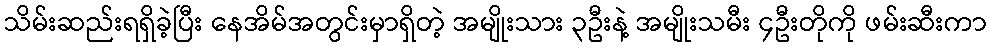
သိမ်းဆည်းရရှိခဲ့ပြီး နေအိမ်အတွင်းမှာရှိတဲ့ အမျိုးသား ၃ဦးနဲ့ အမျိုးသမီး ၄ဦးတိုကို ဖမ်းဆီးကာ